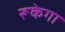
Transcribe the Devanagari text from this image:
रूकेगा